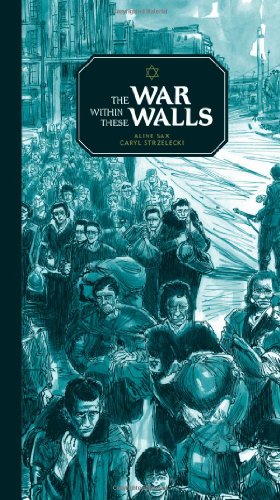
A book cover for The War within These Walls; Aline Sax; Teen & Young Adult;